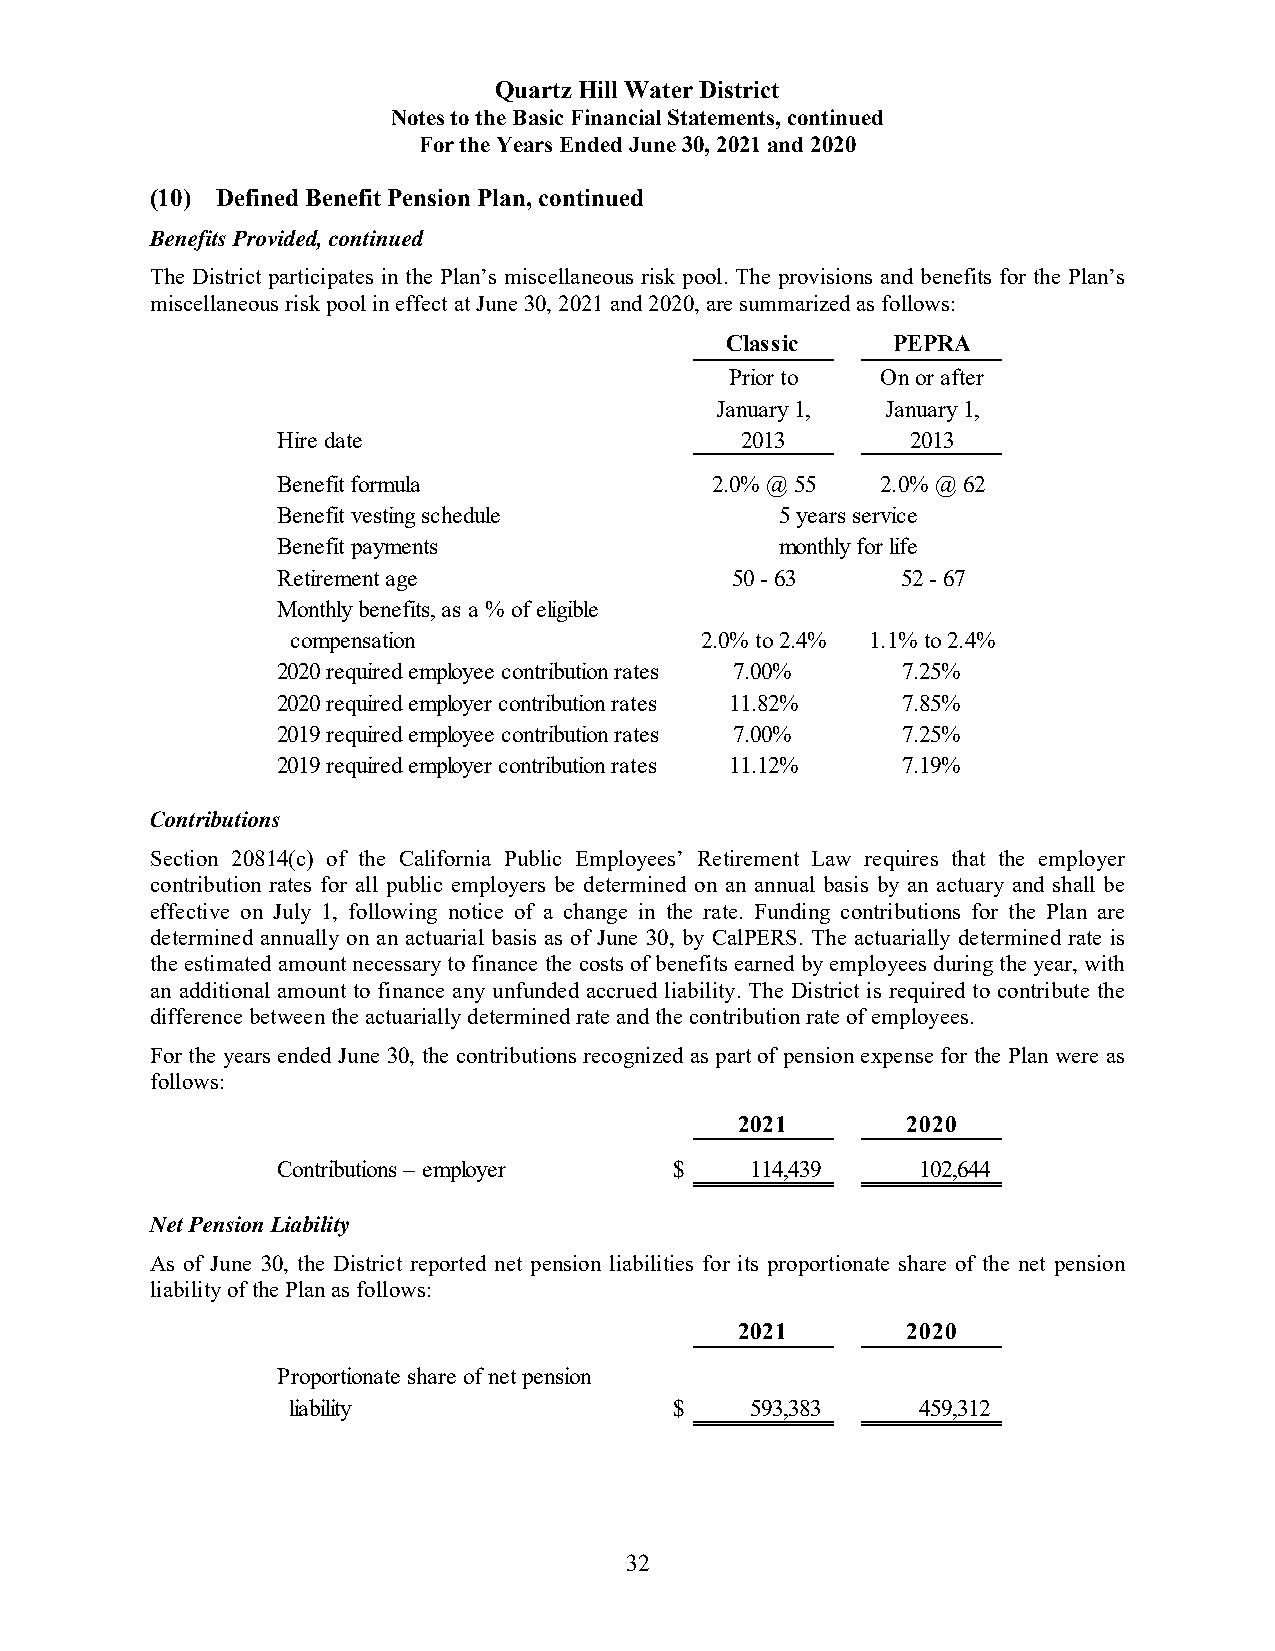
Quartz Hill Water District
 Notes to the Basic Financial Statements, continued
 For the Years Ended June 30, 2021 and 2020
 (10) Defined Benefit Pension Plan, continued
 Benefits Provided, continued
 The District participates in the Plan’s miscellaneous risk pool. The provisions and benefits for the Plan’s
 miscellaneous risk pool in effect at June 30, 2021 and 2020, are summarized as follows:
 Classic    PEPRA
 Prior to  On or after
 January 1,  January 1,
 Hire date                      2013       2013
 Benefit formula              2.0% @ 55  2.0% @ 62
 Benefit vesting schedule          5 years service
 Benefit payments                  monthly for life
 Retirement age                50 - 63     52 - 67
 Monthly benefits, as a % of eligible
 compensation               2.0% to 2.4% 1.1% to 2.4%
 2020 required employee contribution rates 7.00% 7.25%
 2020 required employer contribution rates 11.82% 7.85%
 2019 required employee contribution rates 7.00% 7.25%
 2019 required employer contribution rates 11.12% 7.19%
 Contributions
 Section 20814(c) of the California Public Employees’ Retirement Law requires that the employer
 contribution rates for all public employers be determined on an annual basis by an actuary and shall be
 effective on July 1, following notice of a change in the rate. Funding contributions for the Plan are
 determined annually on an actuarial basis as of June 30, by CalPERS. The actuarially determined rate is
 the estimated amount necessary to finance the costs of benefits earned by employees during the year, with
 an additional amount to finance any unfunded accrued liability. The District is required to contribute the
 difference between the actuarially determined rate and the contribution rate of employees.
 For the years ended June 30, the contributions recognized as part of pension expense for the Plan were as
 follows:
 2021       2020
 Contributions – employer   $    114,439    102,644
 Net Pension Liability
 As of June 30, the District reported net pension liabilities for its proportionate share of the net pension
 liability of the Plan as follows:
 2021       2020
 Proportionate share of net pension
 liability                 $    593,383    459,312
 32